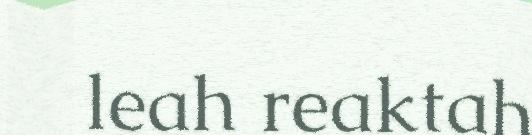
leah reaktah